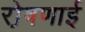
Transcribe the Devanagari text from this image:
रो़षणाई